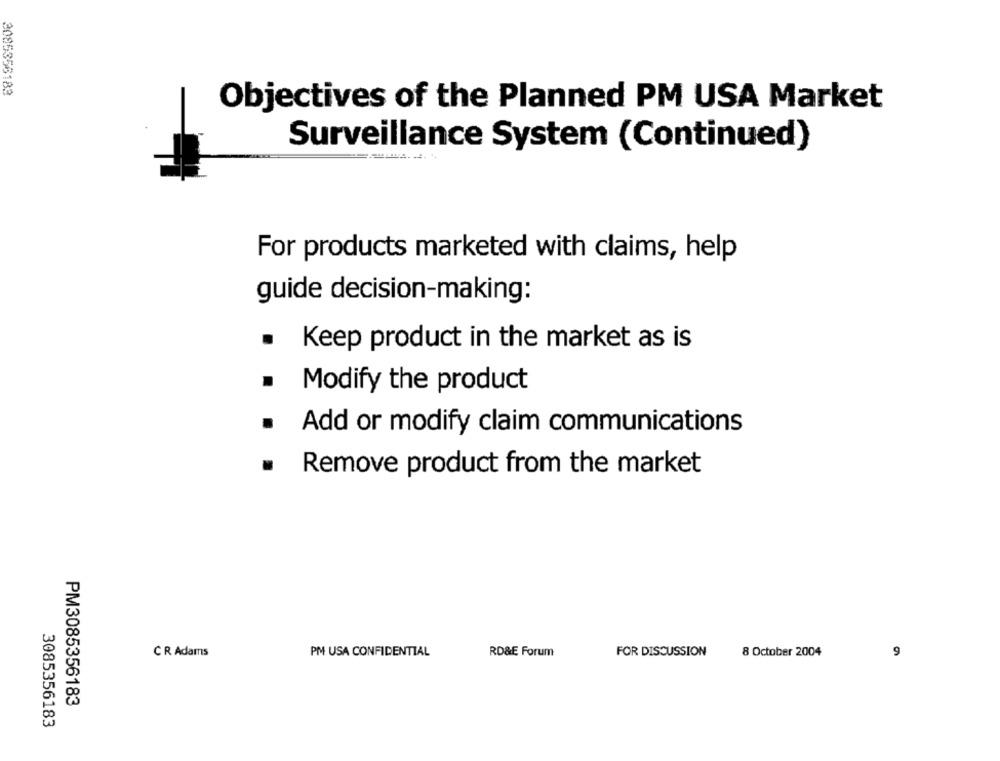
2085356183
Objectives of the Planned PM USA Market
Surveillance System (Continued)
For products marketed with claims, help
guide decision-making:
.
Keep product in the market as is
.
Modify the product
.
Add or modify claim communications
.
Remove product from the market
CR Adams
PM USA CONFIDENTIAL
RD&E Forum
FOR DISCUSSION
8 October 2004
9
PM3085356183
3085356183